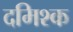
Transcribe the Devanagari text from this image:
दमिश्‍क